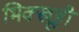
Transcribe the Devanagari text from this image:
भिक्खूही